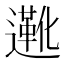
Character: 𬩑